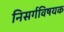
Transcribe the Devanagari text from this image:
निसर्गविषयक